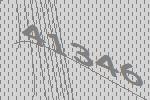
41346